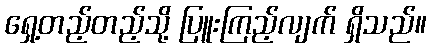
ရှေ့တည့်တည့်သို့ ပြူးကြည့်လျက် ရှိသည်။